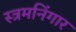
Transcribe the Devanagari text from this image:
स्त्रमनिंगार